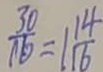
\frac { 3 0 } { 1 6 } = 1 \frac { 1 4 } { 1 6 }